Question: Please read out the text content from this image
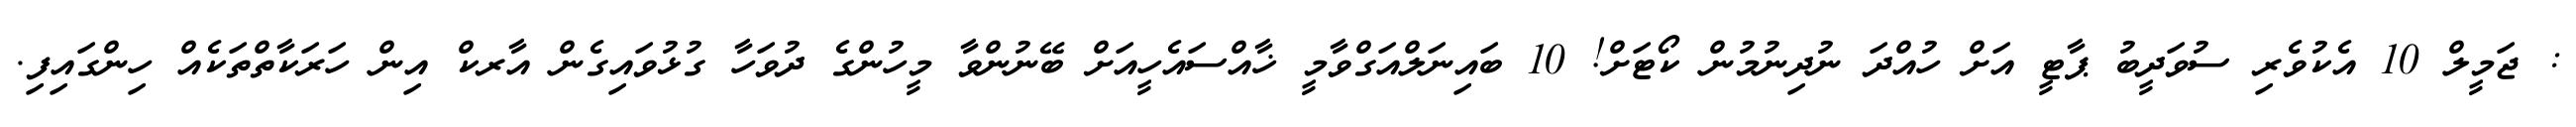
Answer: : ޖަމީލް 10 އެކުވެރި ސުވަދީބު ޕާޓީ އަށް ހުއްދަ ނުދިނުމުން ކޯޓަށް! 10 ބައިނަލްއަގްވާމީ ޚާއްސައެހީއަށް ބޭނުންވާ މީހުންގެ ދުވަހާ ގުޅުވައިގެން އާރކް އިން ހަރަކާތްތަކެއް ހިންގައިފި.